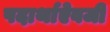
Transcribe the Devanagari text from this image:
पदार्थाऐवजी